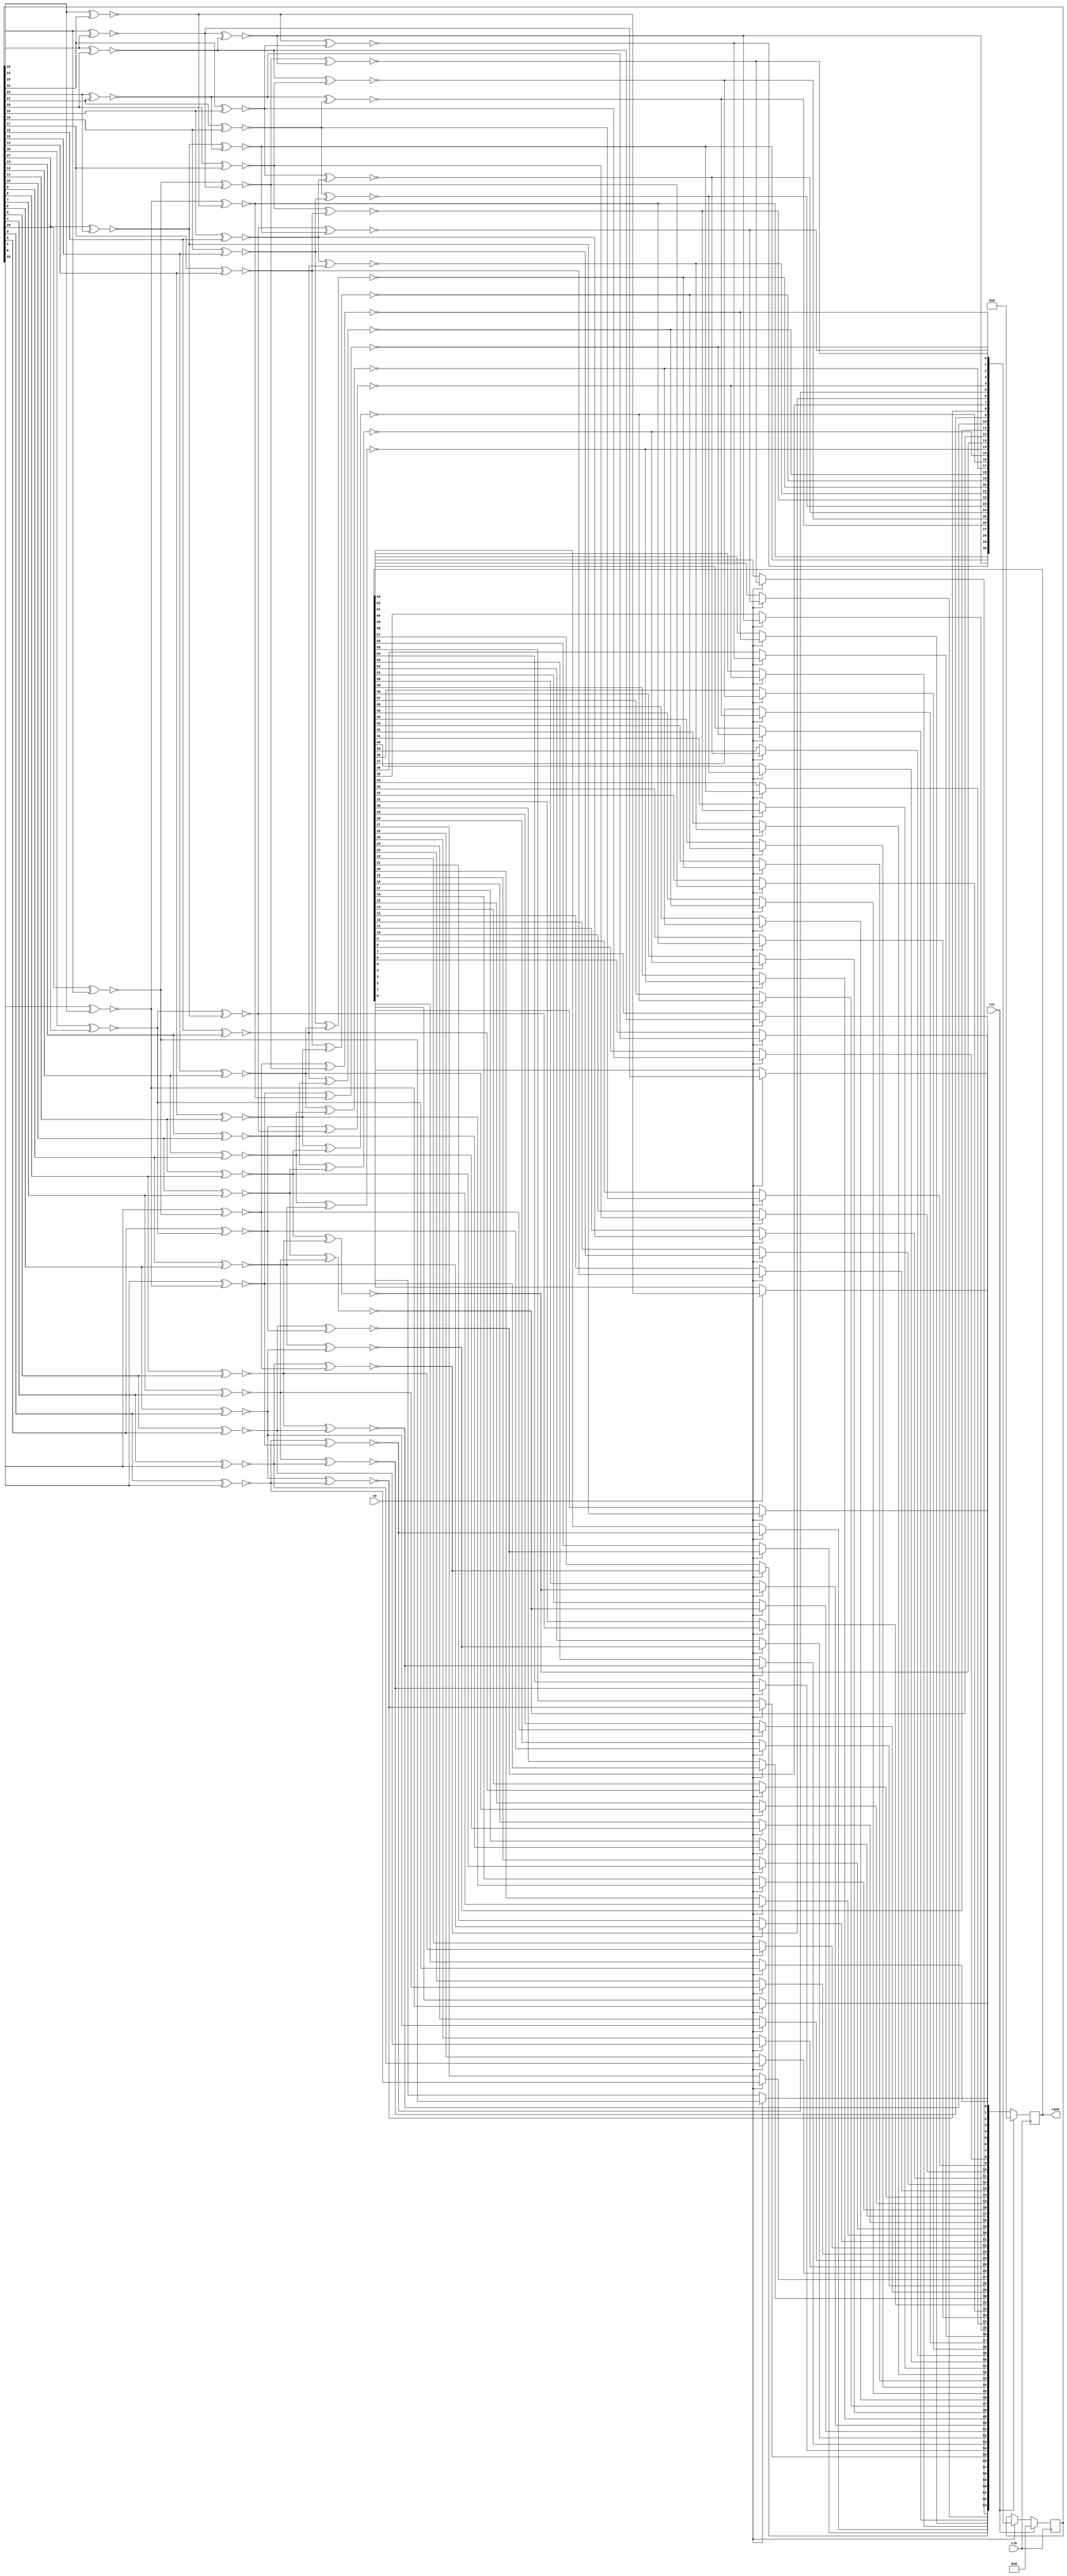
/*
 * Milkymist SoC
 * Copyright (C) 2007, 2008, 2009, 2010 Sebastien Bourdeauducq
 *
 * This program is free software: you can redistribute it and/or modify
 * it under the terms of the GNU General Public License as published by
 * the Free Software Foundation, version 3 of the License.
 *
 * This program is distributed in the hope that it will be useful,
 * but WITHOUT ANY WARRANTY; without even the implied warranty of
 * MERCHANTABILITY or FITNESS FOR A PARTICULAR PURPOSE.  See the
 * GNU General Public License for more details.
 *
 * You should have received a copy of the GNU General Public License
 * along with this program.  If not, see <http://www.gnu.org/licenses/>.
 */

module memtest_prng64(
	input clk,
	input rst,
	input ce,
	output reg [63:0] rand
);

reg [30:0] state;

reg o;
integer i;
always @(posedge clk) begin
	if(rst) begin
		state = 31'd0;
		rand = 64'd0;
	end else if(ce) begin
		for(i=0;i<64;i=i+1) begin
			o = ~(state[30] ^ state[27]);
			rand[i] = o;
			state = {state[29:0], o};
		end
	end
end

endmodule